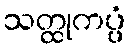
သတ္ထုကပ္ပံ